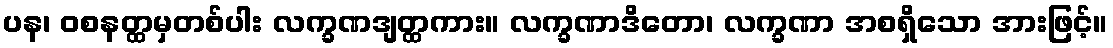
ပန၊ ဝစနတ္ထမှတစ်ပါး လက္ခဏဒျတ္ထကား။ လက္ခဏာဒိတော၊ လက္ခဏာ အစရှိသော အားဖြင့်။